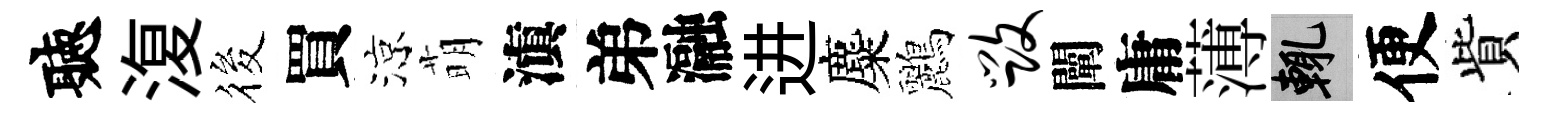
聽𣸪筱買涼萌滇弟瀜进麋鸝毁闡庸薄輒便貲